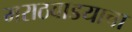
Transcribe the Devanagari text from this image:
मराठवाडयाचा